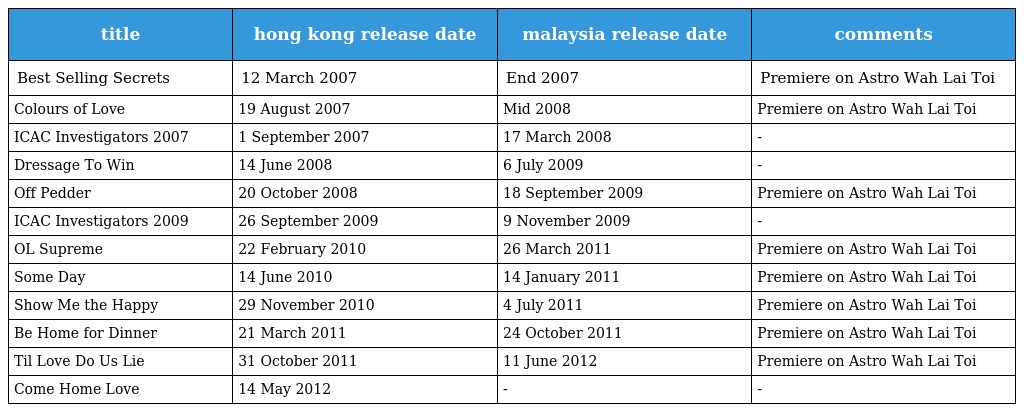
| title | hong kong release date | malaysia release date | comments |
 | --- | --- | --- | --- |
 | Best Selling Secrets | 12 March 2007 | End 2007 | Premiere on Astro Wah Lai Toi |
 | Colours of Love | 19 August 2007 | Mid 2008 | Premiere on Astro Wah Lai Toi |
 | ICAC Investigators 2007 | 1 September 2007 | 17 March 2008 | - |
 | Dressage To Win | 14 June 2008 | 6 July 2009 | - |
 | Off Pedder | 20 October 2008 | 18 September 2009 | Premiere on Astro Wah Lai Toi |
 | ICAC Investigators 2009 | 26 September 2009 | 9 November 2009 | - |
 | OL Supreme | 22 February 2010 | 26 March 2011 | Premiere on Astro Wah Lai Toi |
 | Some Day | 14 June 2010 | 14 January 2011 | Premiere on Astro Wah Lai Toi |
 | Show Me the Happy | 29 November 2010 | 4 July 2011 | Premiere on Astro Wah Lai Toi |
 | Be Home for Dinner | 21 March 2011 | 24 October 2011 | Premiere on Astro Wah Lai Toi |
 | Til Love Do Us Lie | 31 October 2011 | 11 June 2012 | Premiere on Astro Wah Lai Toi |
 | Come Home Love | 14 May 2012 | - | - |